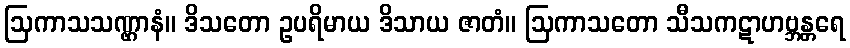
ဩကာသသဏ္ဌာနံ။ ဒိသတော ဥပရိမာယ ဒိသာယ ဇာတံ။ ဩကာသတော သီသကဋာဟဗ္ဘန္တရေ